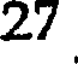
27